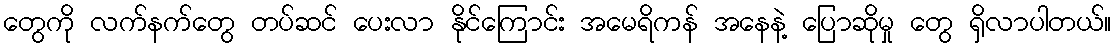
တွေကို လက်နက်တွေ တပ်ဆင် ပေးလာ နိုင်ကြောင်း အမေရိကန် အနေနဲ့ ပြောဆိုမှု တွေ ရှိလာပါတယ်။